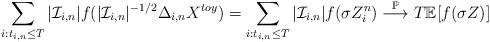
LaTeX: \begin{align*} \sum_{i:t_{i,n} \leq T} |\mathcal{I}_{i,n}|f(|\mathcal{I}_{i,n}|^{-1/2} \Delta_{i,n} X^{toy}) = \sum_{i:t_{i,n} \leq T} |\mathcal{I}_{i,n}|f(\sigma Z_i^n) \overset{\mathbb{P}}{\longrightarrow} T \mathbb{E}[f(\sigma Z)]\end{align*}